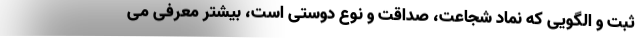
ثبت و الگویی که نماد شجاعت، صداقت و نوع دوستی است، بیشتر معرفی می